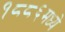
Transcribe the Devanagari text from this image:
१८८६मध्ये